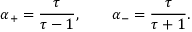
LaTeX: \alpha _ { + } = { \frac { \tau } { \tau - 1 } } , \qquad \alpha _ { - } = { \frac { \tau } { \tau + 1 } } .